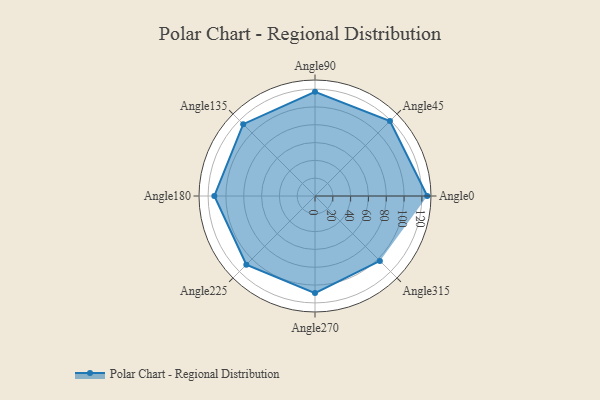
{"axis": {"x": "Angle", "y": "Radius"}, "legend": [""], "data": [{"x": "Angle0", "y": 126.0, "type": ""}, {"x": "Angle45", "y": 119.0, "type": ""}, {"x": "Angle90", "y": 117.0, "type": ""}, {"x": "Angle135", "y": 114.0, "type": ""}, {"x": "Angle180", "y": 113.0, "type": ""}, {"x": "Angle225", "y": 109.0, "type": ""}, {"x": "Angle270", "y": 109.0, "type": ""}, {"x": "Angle315", "y": 103.0, "type": ""}]}